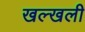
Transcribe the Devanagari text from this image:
खल्खली